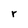
Character: r